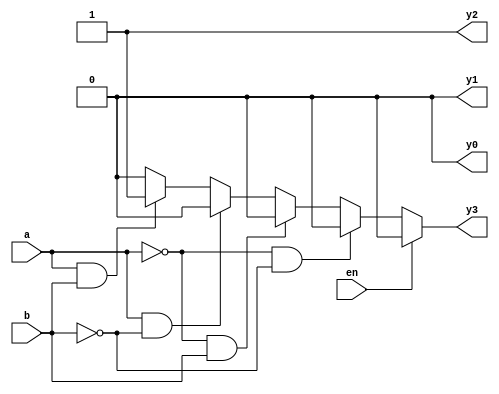
module decoder24_behaviour1(en,a,b,y3, y2, y1, y0);
   // input port
   input en,a,b;

   // use reg to store the output value
   output reg y3, y2, y1, y0;
   // always is used in design block 
   // only in Behavioural modeling.
   
   always @(en,a,b)
     begin
       // using condition if statement 
       // implement the 2:4 truth table
       if(en==0)
         begin
           if(a==0 & b==0) 
			  begin
					y3=0;
					y2=0;
					y1=0; 
					y0=1;
					end
           else if(a==0 & b==1) 
			  begin
					y3=0;
					y2=0;
					y1=1;
					y0=0;
				end
           else if(a==1 & b==0) 
			  begin
					y3=0;
					y2=1;
					y1=0;
					y0=0;
					end
           else if(a==1 & b==1)
			  begin
					y3=1; 
					y2=0; 
					y1=0; 
					y0=0;
					end
           else 
					y3=0; 
					y2=1; 
					y1=0; 
					y0=0;
			end
		
       else
        y3=0;
		  y2=1; 
		  y1=0; 
		  y0=0;
     end
endmodule